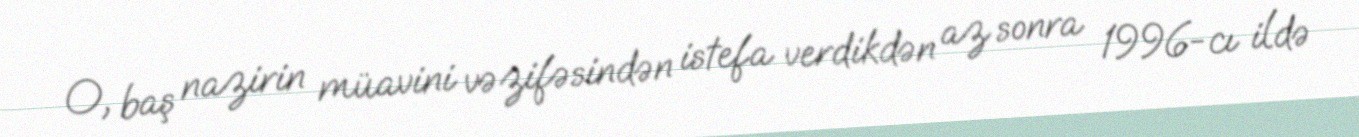
O, baş nazirin müavini vəzifəsindən istefa verdikdən az sonra 1996-cı ildə